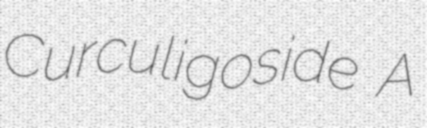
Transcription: Curculigoside A